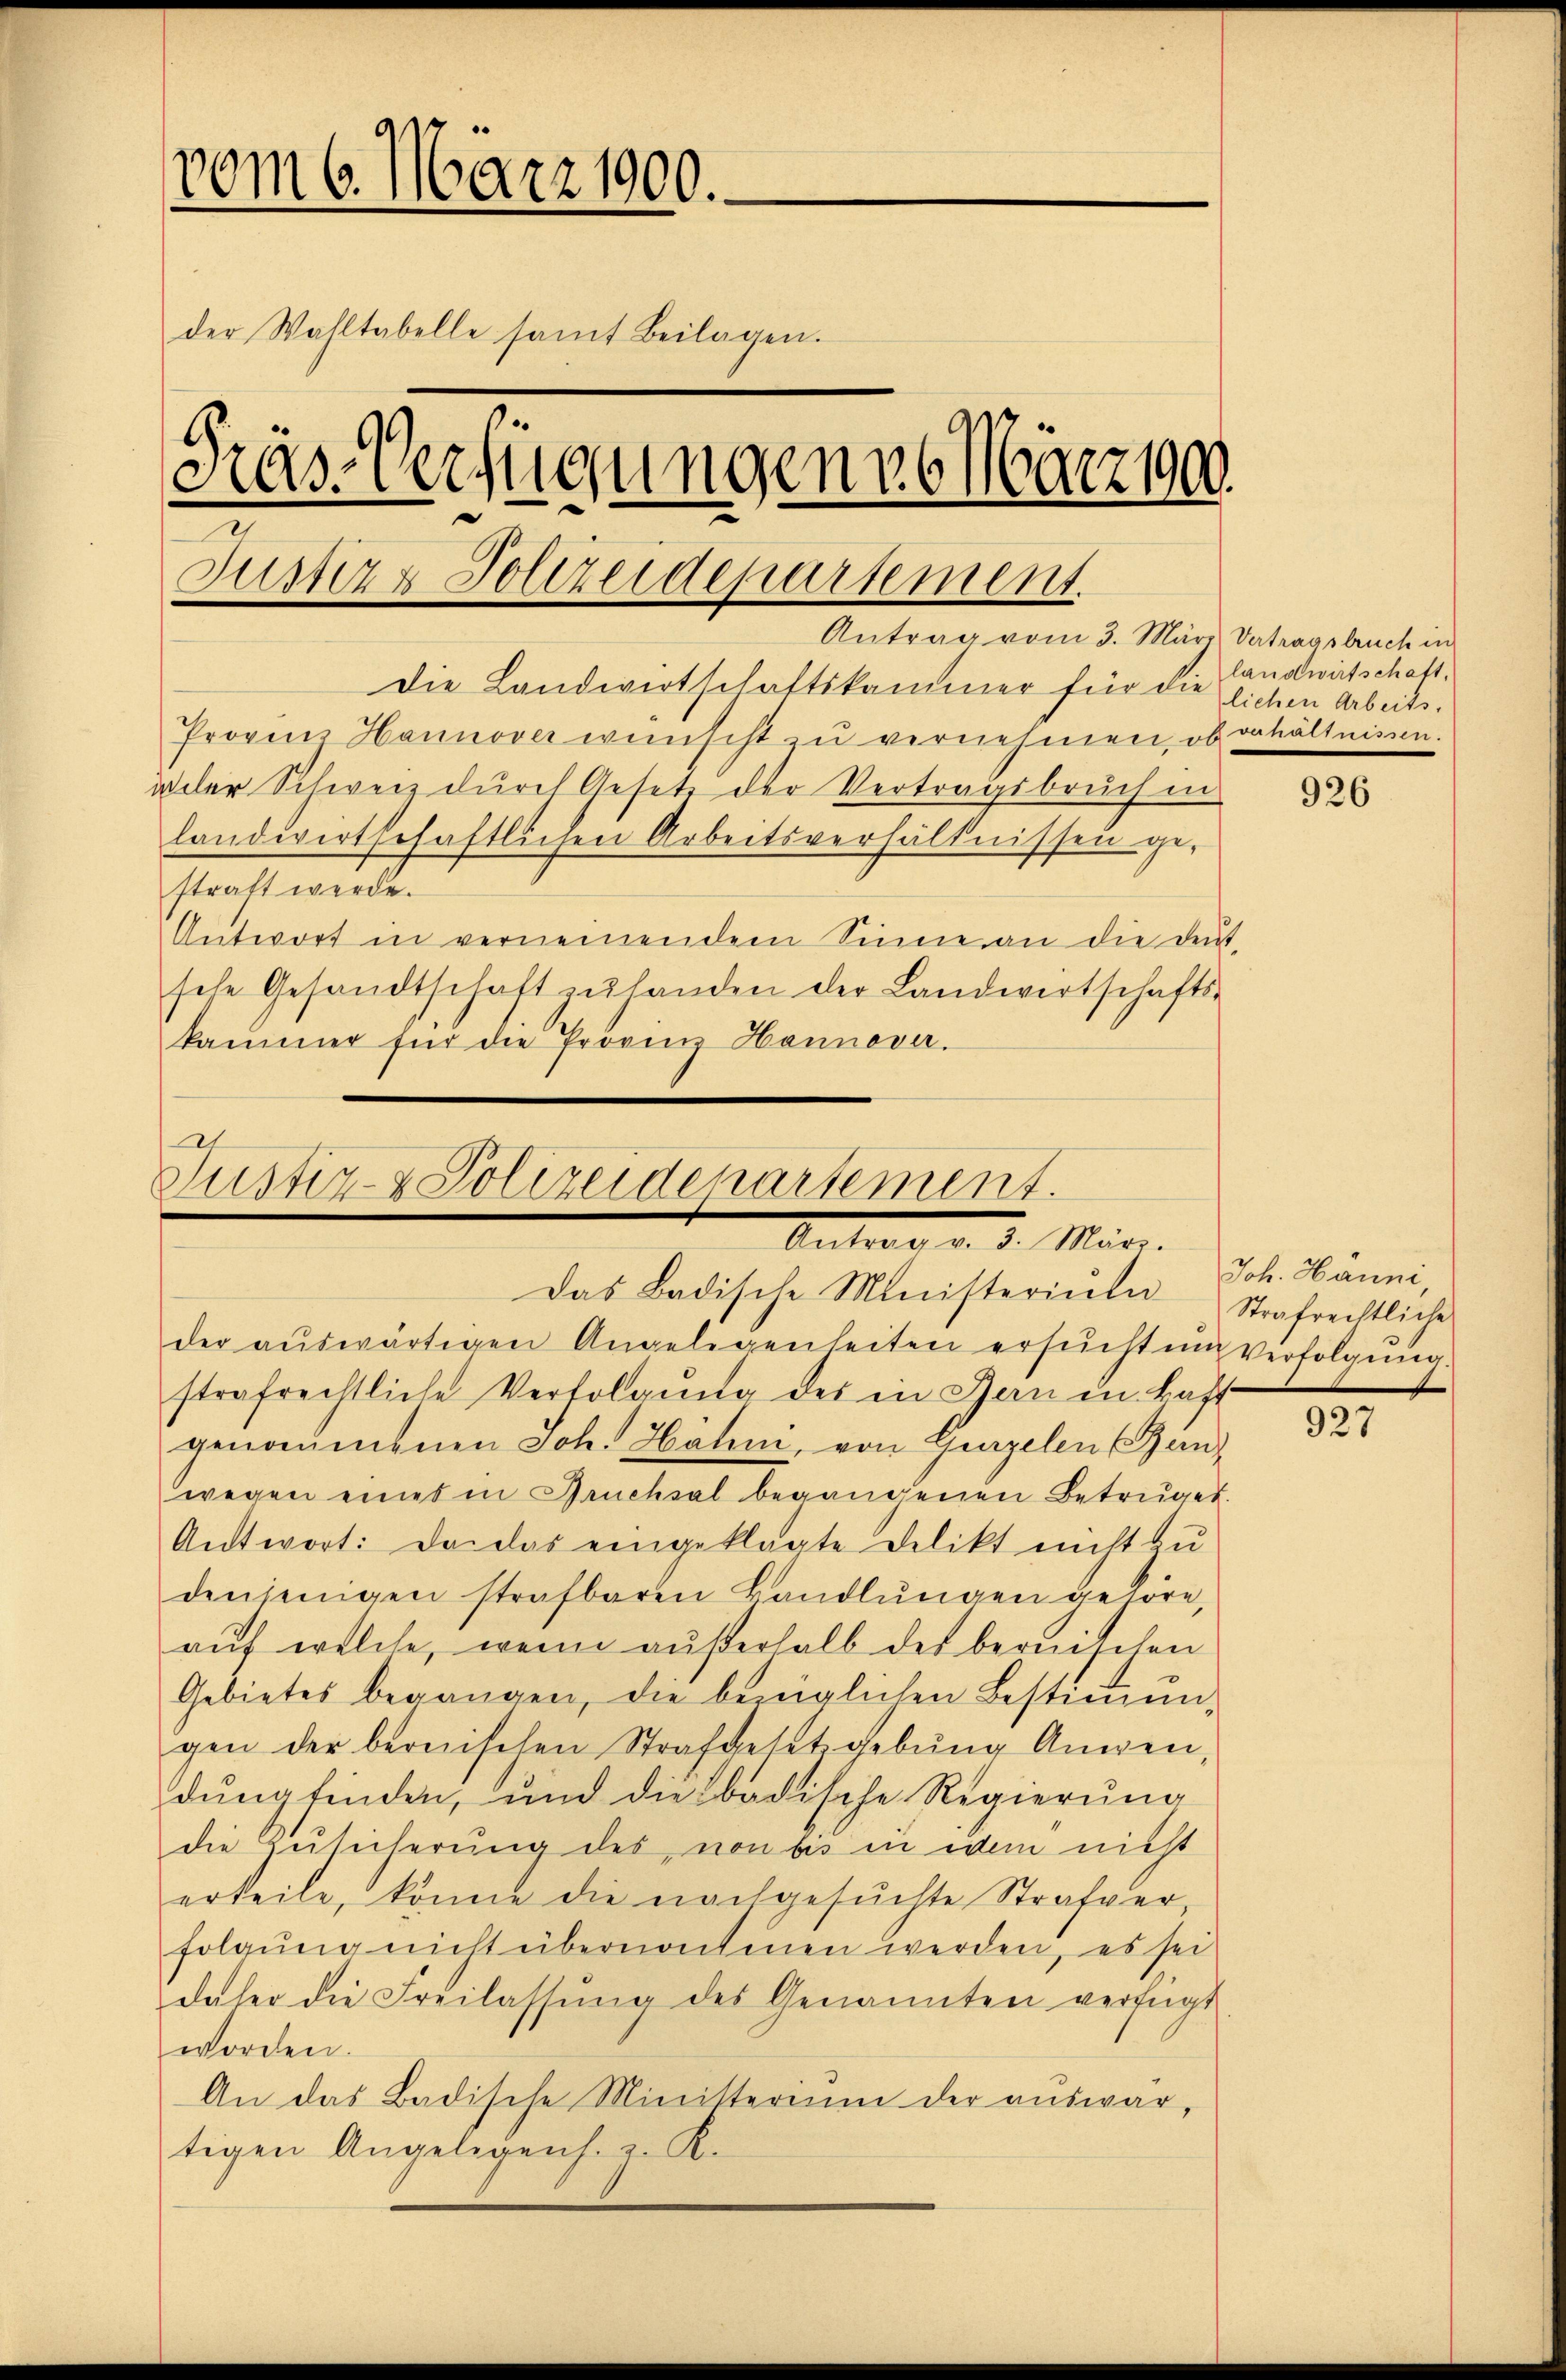
00m 6. März 1900.
der Wahltabelle samt Beilagen.
Träs-Verfügungende März 1900.
Justiz- Polizeidepartement.
Antrag vom 3. März Vertragsbruch in
Die Landwirtschaftskammer für die lichen Arbeits¬
Provin Hannover wünscht u vernehmen, ob behältnissen.
idler Schweiz durch Gesetz der Vertragsbruch in
landwirtschaftlichen Arbeitsverhältnissen ge-
straft werde.
Antwort in vernennendem Sinne an die deŭt-
sehe Gesandtschaft zŭ handen der Landwirtschafts-
kammer für die Provin Hannover.

e
Justiz- & Polizeidepartement.
Unters v. 5. März.
Das Badische Ministerium

der aŭswärtigen Angelegenheiten ersŭcht und Verfolgŭng.
strafrechtliche Verfolgung des in Bern in Haft
genommenen Joh. Hahn, von Girzelen (Banwegen eines in Bruchsal begangenen Betrüget.
Antwort: Da das eingeklagte Delikt nicht zu
denjenigen strafbaren Handlŭngen gehöre,
auf welche, wenn außerhalb des bernischen
Gebietes begangen, die bezüglichen Bestiṁŭn-
gen der bereiischen Strafgesetzgebung Anwen,
dung finden, und die badische Regierung
die Zusicherung des von bis in dem nicht
erteile, könne die nachgesuchte Strafver
folgung nicht übernontinen werden, es sei
daher die Freilassŭng des Genannten verfügt
worden.
An das Badische Ministeriŭm der aŭswar-
tigen Angelegens. z. K.

landwirtschaft,

926

Joh. Hänni,
Strafrechtliche

927